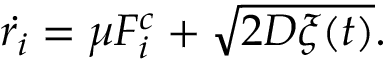
\dot { r _ { i } } = \mu F _ { i } ^ { c } + \sqrt { 2 D \xi ( t ) } .